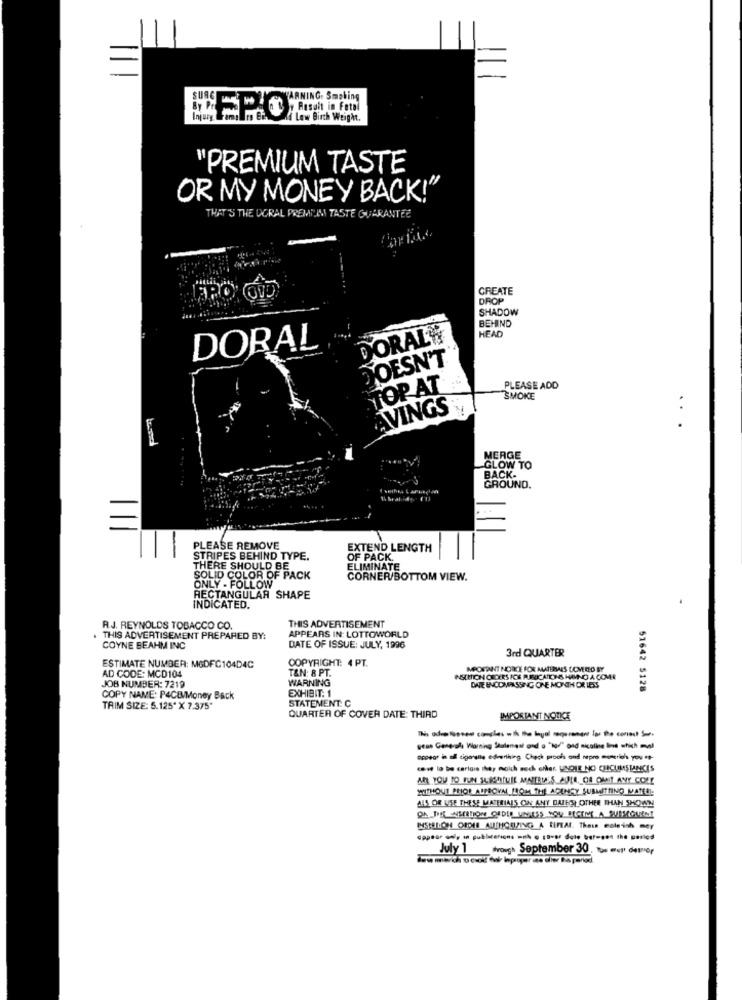
WARNING. Smoking
Hi Low Birth Weight.
"PREMIUM TASTE
OR MY MONEY BACK!"
THAT'S THE DORAL PREMIUM TASTE GUARANTEE
CREATE
FRO GUD
DROP
SHADOW
BEHIND
HEAD
DORAL®
DORAL
DOESN'T
TOP AT
PLEASE ADD
SMOKE
VINGS
...
MERGE
GLOW TO
BACK-
GROUND.
PLEASE REMOVE
EXTEND LENGTH
STRIPES BEHIND TYPE.
OF PACK.
THERE SHOULD BE
ELIMINATE
SOLID COLOR OF PACK
ONLY .
CORNER/BOTTOM VIEW.
RECTANGULAR SHAPE
INDICATED.
THIS ADVERTISEMENT
RJ. REYNOLDS TOBACCO CO.
THIS ADVERTISEMENT PREPARED BY:
APPEARS IN: LOTTOWORLD
COYNE BEAHM INC
DATE OF ISSUE: JULY, 1996
3rd QUARTER
COPYRIGHT: 4 PT.
ESTIMATE NUMBER: MGDFC104D4C
IMPORTANT NORE FOR MATURAES COMERED BY
AD CODE: MCD104
TAN: 8 PT.
WARNING
NSCHICIN CEDERS ICE RURICATIONS HANNO A COME
JOB NUMBER: 7219
51642 5128
COPY NAME: P4CB/Money Back
STATEMENT: C
EXHIBIT. 1
TRIM SIZE: 5.125" X 7.375
QUARTER OF COVER DATE: THIRD
IMPORTANT NOTICE
gens General Warning Stulangs ond o "No" gad nicoline Ihne which mal
ocpeor in all cigerente ederthing Check proch ond nepro mowerth you **-
cove lo be carlais they moich such other, UNDIE NO CHCIIMSUANCES
AR YOU TO FUN SLASHIUIL MATERDES AULA, OS OMIT ANY COLL
WITHOUT PRIOR APPROVAL BOM THE AGENCY SUBMITTING MATEL-
ALS OR USE THESE MATERIALS ON ANY BATES OTHER THAN SHOWN
MSECTION OFDES AUTHORIZING A BIFEAI. These esteich mey
July 1 troish September 30, tos wop deter